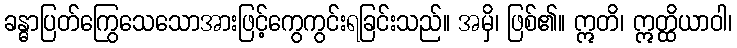
ခန္ဓာပြတ်ကြွေသေသောအားဖြင့်ကွေကွင်းရခြင်းသည်။ အမှိ၊ ဖြစ်၏။ ဣတိ၊ ဣတ္ထိယာဝါ၊